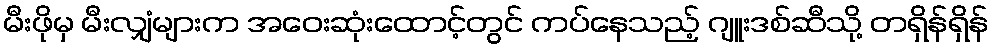
မီးဖိုမှ မီးလျှံများက အဝေးဆုံးထောင့်တွင် ကပ်နေသည့် ဂျူးဒစ်ဆီသို့ တရှိန်ရှိန်